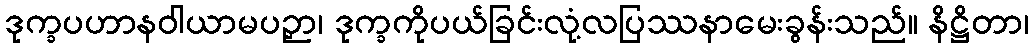
ဒုက္ခပဟာနဝါယာမပဉှာ၊ ဒုက္ခကိုပယ်ခြင်းလုံ့လပြဿနာမေးခွန်းသည်။ နိဋ္ဌိတာ၊